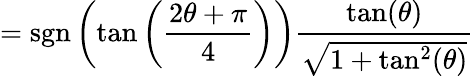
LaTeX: =\operatorname{sgn}\left(\tan\left({\frac{2\theta+\pi}{4}}\right)\right){\frac{\tan(\theta)}{\sqrt{1+\tan^{2}(\theta)}}}